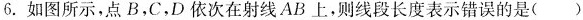
6.如图所示，点B，C，D依次在射线AB上，则线段长度表示错误的是()